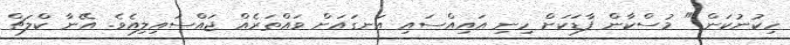
ހިކުނުކަން." މުސްކާން ފާޑަކަށް ހިނި އައިއްސައި އަނގައަށް ވައްތަރެއް ޖައްސައިލިއެވެ. އޭނާ ކްލަޗް